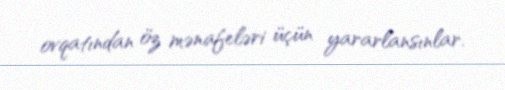
ovqatından öz mənafeləri üçün yararlansınlar.